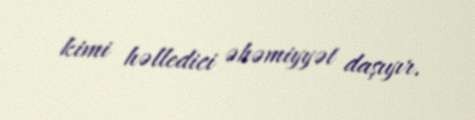
kimi həlledici əhəmiyyət daşıyır.